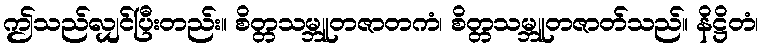
ဤသည်လျှင်ပြီးတည်း။ စိတ္တသမ္ဘူတဇာတကံ၊ စိတ္တသမ္ဘူတဇာတ်သည်။ နိဋ္ဌိတံ၊